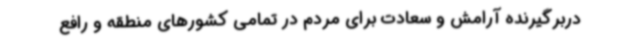
دربرگیرنده آرامش و سعادت برای مردم در تمامی کشورهای منطقه و رافع